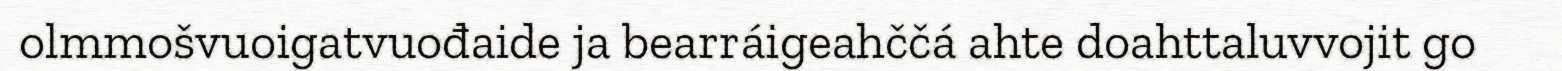
olmmošvuoigatvuođaide ja bearráigeahččá ahte doahttaluvvojit go